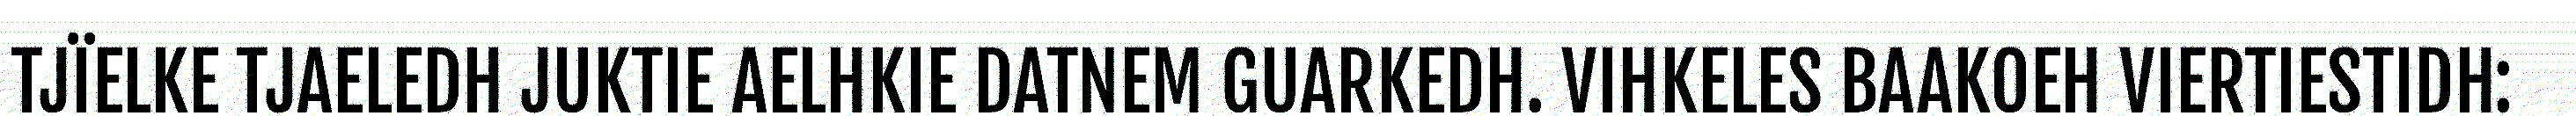
TJÏELKE TJAELEDH JUKTIE AELHKIE DATNEM GUARKEDH. VIHKELES BAAKOEH VIERTIESTIDH: